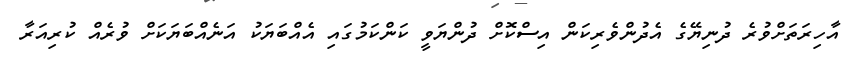
އާހިރަތަށްވުރެ ދުނިޔޭގެ އެދުންވެރިކަން އިސްކޮށް ދުންޔަވީ ކަންކަމުގައި އެއްބަޔަކު އަނެއްބަޔަކަށް ވުރެއް ކުރިއަރާ